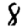
Digit: 8